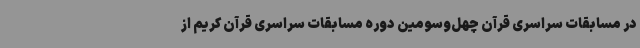
در مسابقات سراسری قرآن چهل‌وسومین دوره مسابقات سراسری قرآن کریم از